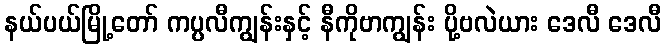
နယ်ပယ်မြို့တော် ကပ္ပလီကျွန်းနှင့် နီကိုဗာကျွန်း ပို့ဗလဲယား ဒေလီ ဒေလီ